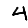
Digit: 4